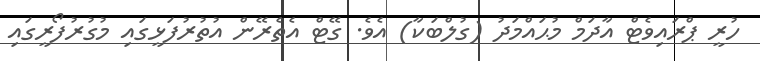
ހުރީ ޕްރައިވެޓް އާދަމް މުޙައްމަދު (ގުލްބަކާ) އެވެ. ގޭޓް އެތެރޭން އުތުރުފަޅީގައި މުގުރުފޯރީގައި